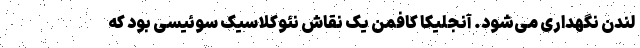
لندن نگهداری می‌شود. آنجلیکا کافمن یک نقاش نئوکلاسیک سوئیسی بود که